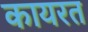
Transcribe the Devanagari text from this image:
कायरत